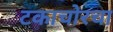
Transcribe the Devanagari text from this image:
टकाचोरचा